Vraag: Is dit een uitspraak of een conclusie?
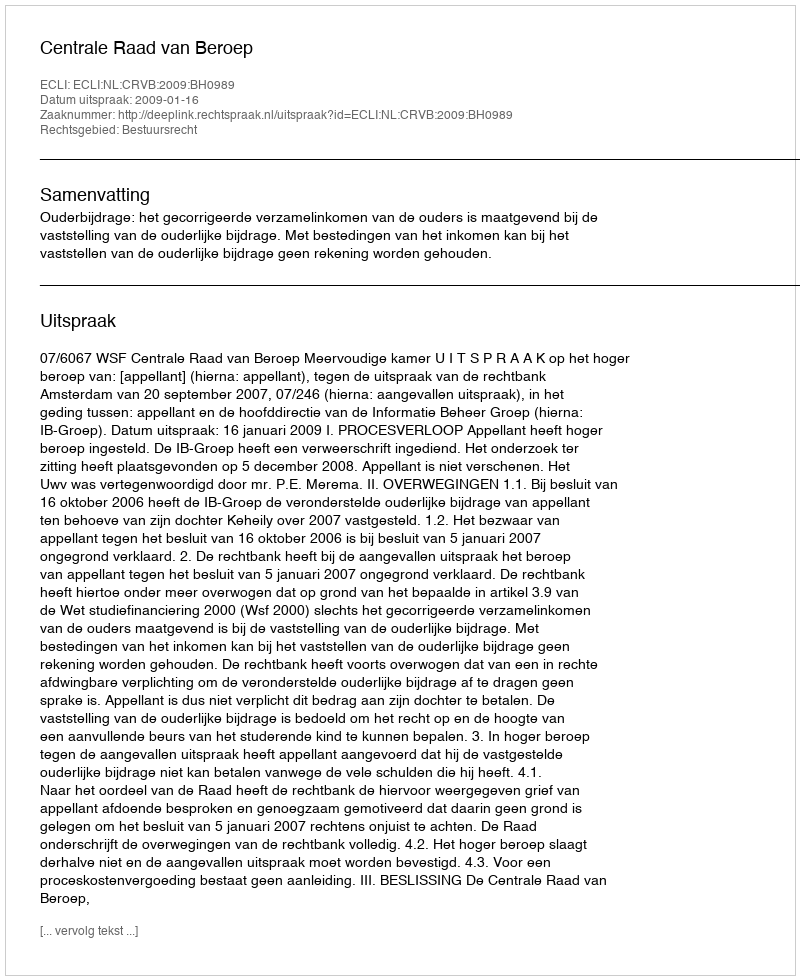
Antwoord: Uitspraak